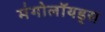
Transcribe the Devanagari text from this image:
मंगोलॉयड्स